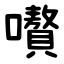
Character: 嚽